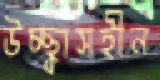
উচ্ছ্বাসহীন